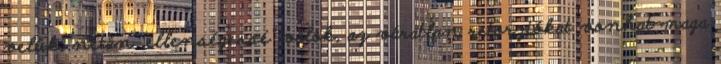
velük, netán „ellenségessé” válok, az váratlan retorziókat vonhat maga